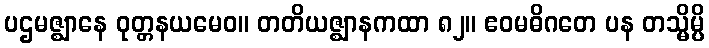
ပဌမဇ္ဈာနေ ဝုတ္တနယမေဝ။ တတိယဇ္ဈာနကထာ ၈၂။ ဧဝမဓိဂတေ ပန တသ္မိမ္ပိ